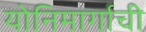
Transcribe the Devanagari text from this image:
योनिमार्गाची